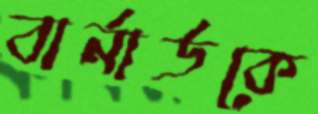
বার্নার্ডকে